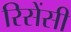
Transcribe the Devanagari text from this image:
रिसेंसी